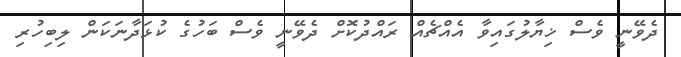
ދެވޭނީ ވެސް ޚިޔާލުގައިވާ އެއްޗެއް ރައްދުކޮށް ދެވޭނީ ވެސް ބަހުގެ ކުޅަދާނަކަން ލިބިހުރި